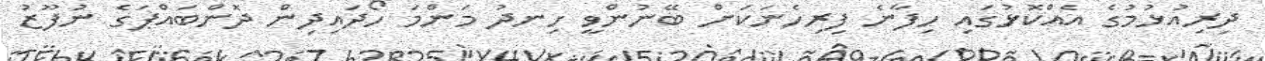
ދިރިއުޅުމުގެ އެއްކޮޅުގައި ހިފާނެ ފިރިހެނަކަށް ބޭނުންވީ ހިނދު މަންމަ ހޯދައިދިން ދޮންބައްޕަގެ ނުފޫޒު